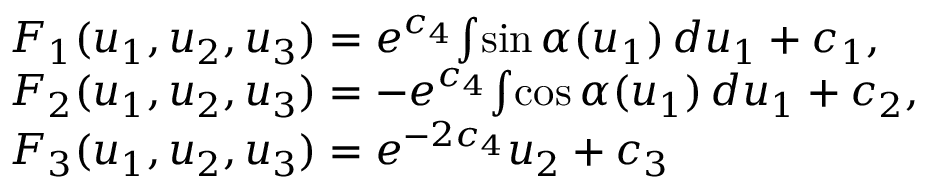
\begin{array} { r l } & { F _ { 1 } ( u _ { 1 } , u _ { 2 } , u _ { 3 } ) = e ^ { c _ { 4 } } \! \int \! \sin \alpha ( u _ { 1 } ) \, d u _ { 1 } + c _ { 1 } , } \\ & { F _ { 2 } ( u _ { 1 } , u _ { 2 } , u _ { 3 } ) = - e ^ { c _ { 4 } } \! \int \! \cos \alpha ( u _ { 1 } ) \, d u _ { 1 } + c _ { 2 } , } \\ & { F _ { 3 } ( u _ { 1 } , u _ { 2 } , u _ { 3 } ) = e ^ { - 2 c _ { 4 } } u _ { 2 } + c _ { 3 } } \end{array}